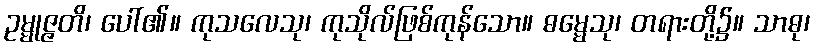
ဥမ္မုဇ္ဇတိ၊ ပေါ်၏။ ကုသလေသု၊ ကုသိုလ်ဖြစ်ကုန်သော။ ဓမ္မေသု၊ တရားတို့၌။ သာဓု၊